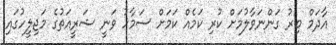
އާދަމް ބިރު ގަންނަވާލުމަށް ކުރި ކަމެއް ކަމަށް ސަމާހު ވަނީ ޝަރީއަތުގެ މަޖިލީހުގައި